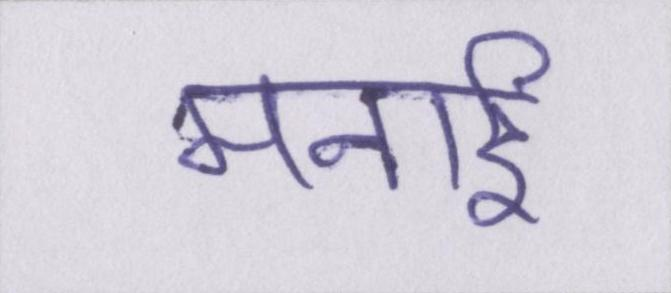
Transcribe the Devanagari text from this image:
मनाई